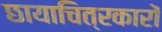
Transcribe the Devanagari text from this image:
छायाचित्रकारों